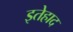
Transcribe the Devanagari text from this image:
इतेहाद